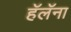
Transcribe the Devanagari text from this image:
हॅलॅना